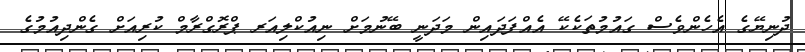
ދުނިޔޭގެ އެހެންވެސް ގައުމުތަކެކޭ އެއްފަދައިން މަދަނީ ބޭނުމަށް ނިއުކްލިއަރ ޕްރޮގްރާމް ކުރިއަށް ގެންދިއުމުގެ